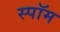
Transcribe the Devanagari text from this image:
स्पॉम